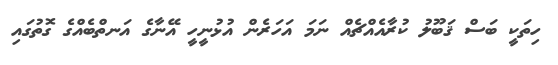
ހިތަކީ ބަސް ޤަބޫލު ކުރާއެއްޗެއް ނަމަ އަހަރެން އުޅުނީހީ އޭނާގެ އަނތްބެއްގެ ގޮތުގައި